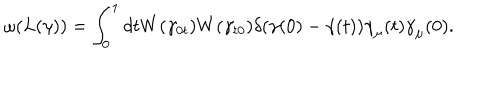
\omega ( L ( \gamma ) ) = \int _ { 0 } ^ { 1 } d t W ( \gamma _ { 0 t } ) W ( \gamma _ { t 0 } ) \delta ( \gamma ( 0 ) - \gamma ( t ) ) \dot { \gamma } _ { \mu } ( t ) \dot { \gamma } _ { \mu } ( 0 ) .